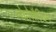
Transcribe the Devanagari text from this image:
लेप्रोसैरियम